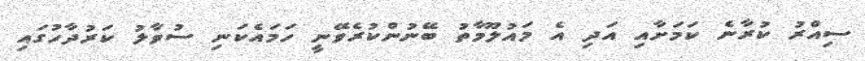
ސިއްރު ކުރާނެ ކަމަށާއި އަދި އެ މައުލޫމާތު ބޭނުންކުރެވޭނީ ހަމައެކަނި ސުވާލު ކަރުދާހުގައި